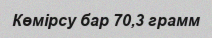
Көмірсу бар 70,3 грамм